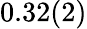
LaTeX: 0.32(2)